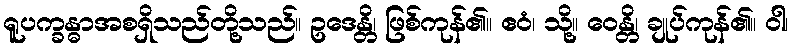
ရူပက္ခန္ဓာအစရှိသည်တို့သည်။ ဥဒေန္တိ၊ ဖြစ်ကုန်၏။ ဧဝံ၊ သို့။ ဝေန္တိ၊ ချုပ်ကုန်၏။ ဝါ၊